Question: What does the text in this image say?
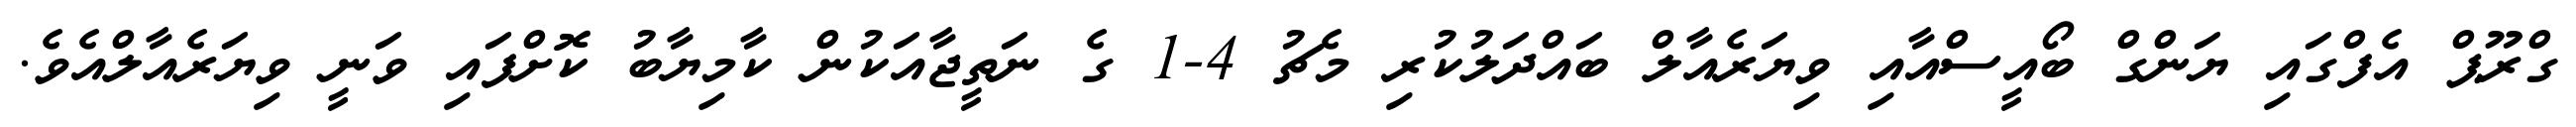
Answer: ގްރޫޕް އެފްގައި ޔަންގް ބޯއީސްއާއި ވިޔަރެއާލް ބައްދަލުކުރި މެޗު 4-1 ގެ ނަތީޖާއަކުން ކާމިޔާބު ކޮށްފައި ވަނީ ވިޔަރެއާލްއެވެ.